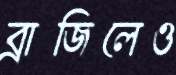
ব্রাজিলেও